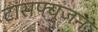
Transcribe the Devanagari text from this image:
टांसफ्यूजन